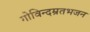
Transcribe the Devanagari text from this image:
गोविन्दम्रतभजन